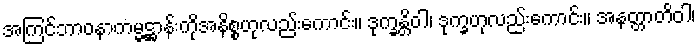
အကြင်ဘာဝနာကမ္မဋ္ဌာန်းကိုအနိစ္စဟုလည်းကောင်း။ ဒုက္ခန္တိဝါ၊ ဒုက္ခဟုလည်းကောင်း။ အနတ္တာတိဝါ၊